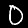
Label: 0